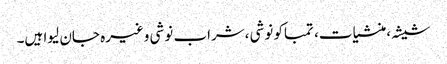
شیشہ ،منشیات، تمباکو نوشی ،شراب نوشی وغیرہ جان لیوا ہیں۔